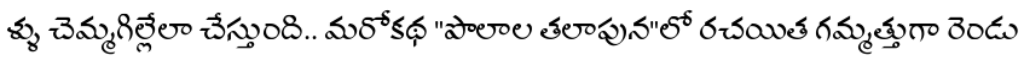
ళ్ళు చెమ్మగిల్లేలా చేస్తుంది.. మరోకథ "పొలాల తలాపున"లో రచయిత గమ్మత్తుగా రెండు